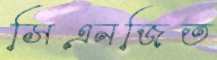
সিএনজিত